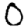
Digit: 0